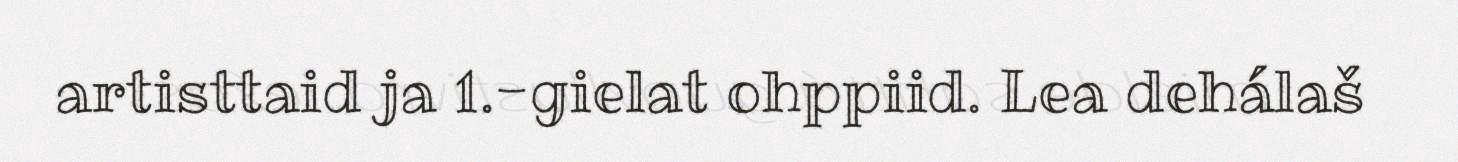
artisttaid ja 1.-gielat ohppiid. Lea dehálaš